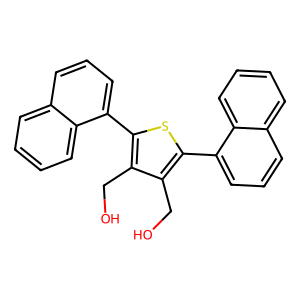
SMILES: OCc1c(-c2cccc3ccccc23)sc(-c2cccc3ccccc23)c1CO
Inhibits HIV replication: No